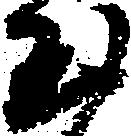
玉